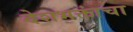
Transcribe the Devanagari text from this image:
देशभक्तांचा